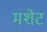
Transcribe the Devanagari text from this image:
मशेट